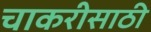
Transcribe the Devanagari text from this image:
चाकरीसाठी